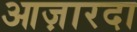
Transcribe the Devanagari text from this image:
आज़ारदा